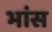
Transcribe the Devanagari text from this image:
भांस